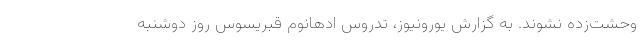
وحشت‌زده نشوند. به گزارش یورونیوز، تدروس ادهانوم قبریسوس روز دوشنبه